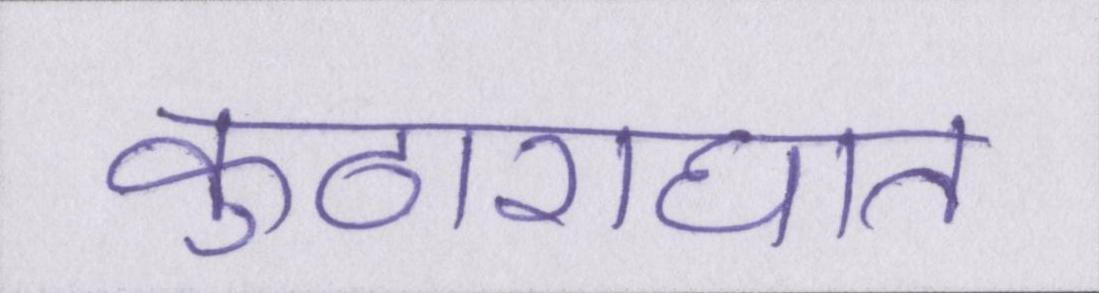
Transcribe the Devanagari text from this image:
कुठाराघात